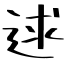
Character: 逑